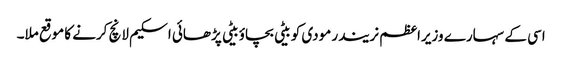
اسی کے سہارے وزیراعظم نریندر مودی کو بیٹی بچاؤ بیٹی پڑھائی اسکیم لانچ کرنے کا موقع ملا۔